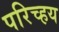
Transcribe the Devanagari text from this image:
परिच्हय